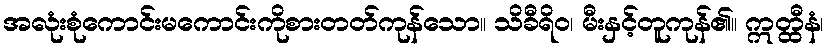
အလုံးစုံကောင်းမကောင်းကိုစားတတ်ကုန်သော။ သိခီရိဝ၊ မီးနှင့်တူကုန်၏။ ဣတ္ထီနံ၊